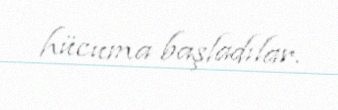
hücuma başladılar.